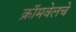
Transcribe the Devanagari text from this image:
क्रॉमवेलचे